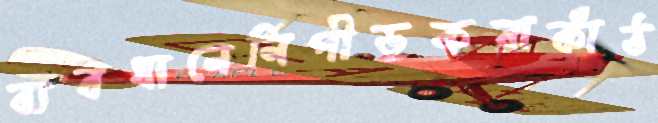
ব্যবধানেনিপীড়করাকাঁঠ